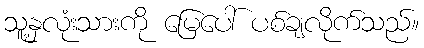
သူ့နှလုံးသားကို မြေပေါ် ပစ်ချလိုက်သည်။